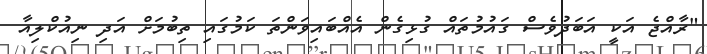
"ރާއްޖެ އަކީ އަބަދުވެސް ގައުމުތައް ގުޅިގެން އެއްބައިވަންތަ ކަމުގައި ތިބުމަށް އަދި ނިއުކްލިއާ